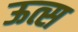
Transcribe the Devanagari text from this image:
ऊत्स